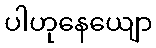
ပါဟုနေယျော